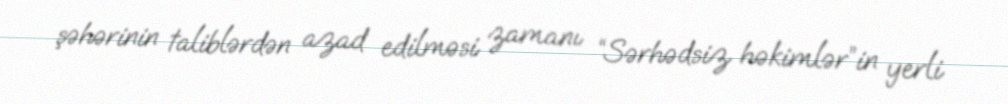
şəhərinin taliblərdən azad edilməsi zamanı “Sərhədsiz həkimlər”in yerli